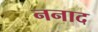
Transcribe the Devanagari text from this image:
ननाद